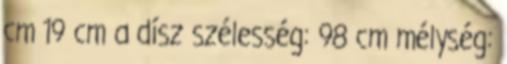
cm 19 cm a dísz szélesség: 98 cm mélység: